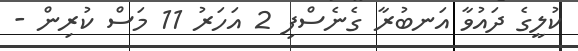
ކުލީގެ ދައުވާ އަނބުރާ ގެނެސްފި 2 އަހަރު 11 މަސް ކުރިން -